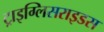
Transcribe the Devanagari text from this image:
ट्राइग्लिसराइडस